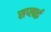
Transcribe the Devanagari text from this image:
सप्‍लाई